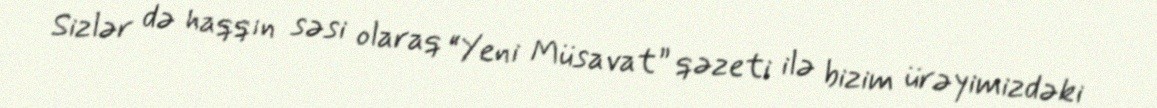
Sizlər də haqqın səsi olaraq “Yeni Müsavat” qəzeti ilə bizim ürəyimizdəki